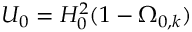
U _ { 0 } = H _ { 0 } ^ { 2 } ( 1 - \Omega _ { 0 , k } )